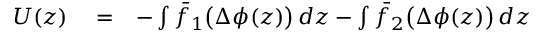
\begin{array} { r l r } { U ( z ) } & { { } = } & { - \int { \bar { f } } _ { 1 } \big ( \Delta \phi ( z ) \big ) \, d z - \int { \bar { f } } _ { 2 } \big ( \Delta \phi ( z ) \big ) \, d z } \end{array}